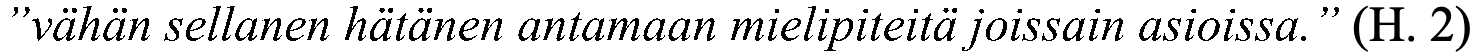
”vähän sellanen hätänen antamaan mielipiteitä joissain asioissa.” (H. 2)